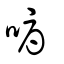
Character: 嗕